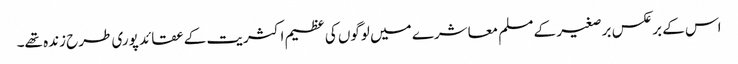
اس کے برعکس برصغیر کے مسلم معاشرے میں لوگوں کی عظیم اکثریت کے عقائد پوری طرح زندہ تھے۔